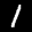
Label: 1